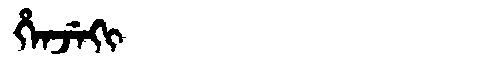
Manchu: ᡥᡝᠨᠵᡝᡴᡳ
Romanization: HENJEKI